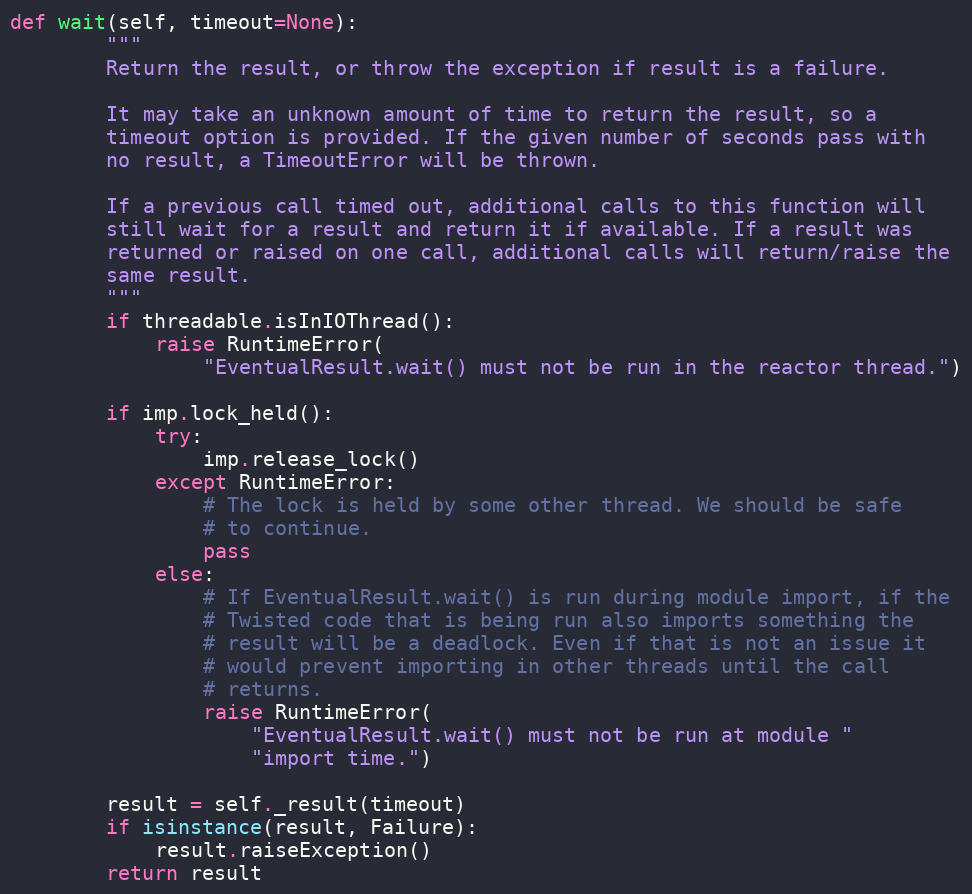
Language: Python
def wait(self, timeout=None):
        """
        Return the result, or throw the exception if result is a failure.

        It may take an unknown amount of time to return the result, so a
        timeout option is provided. If the given number of seconds pass with
        no result, a TimeoutError will be thrown.

        If a previous call timed out, additional calls to this function will
        still wait for a result and return it if available. If a result was
        returned or raised on one call, additional calls will return/raise the
        same result.
        """
        if threadable.isInIOThread():
            raise RuntimeError(
                "EventualResult.wait() must not be run in the reactor thread.")

        if imp.lock_held():
            try:
                imp.release_lock()
            except RuntimeError:
                # The lock is held by some other thread. We should be safe
                # to continue.
                pass
            else:
                # If EventualResult.wait() is run during module import, if the
                # Twisted code that is being run also imports something the
                # result will be a deadlock. Even if that is not an issue it
                # would prevent importing in other threads until the call
                # returns.
                raise RuntimeError(
                    "EventualResult.wait() must not be run at module "
                    "import time.")

        result = self._result(timeout)
        if isinstance(result, Failure):
            result.raiseException()
        return result